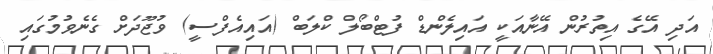
އަދި އޭގެ އިތުރުން އޭނާއަކީ އައިލެންޑް ފުޓްބޯލް ކްލަބް (އައިއެފްސީ) ވުޖޫދަށް ގެނެވުމުގައި